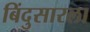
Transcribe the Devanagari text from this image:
बिंदुसारला